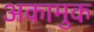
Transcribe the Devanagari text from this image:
अकामुक